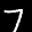
Label: 7